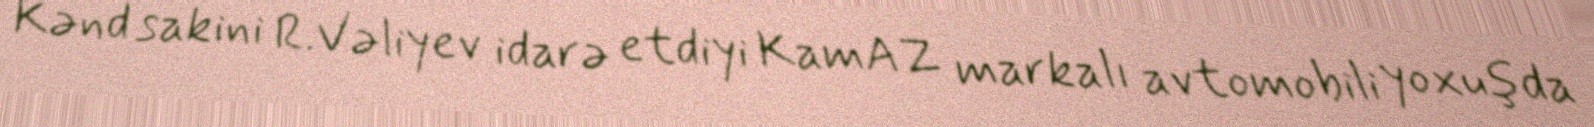
Kənd sakini R.Vəliyev idarə etdiyi KamAZ markalı avtomobili yoxuşda